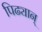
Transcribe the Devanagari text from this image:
पिढ्यान्‌